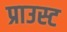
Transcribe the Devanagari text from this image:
प्राउस्ट